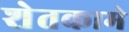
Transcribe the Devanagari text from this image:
शेतकामे